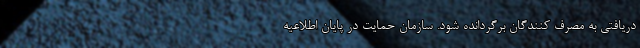
دریافتی به مصرف کنندگان برگردانده شود. سازمان حمایت در پایان اطلاعیه